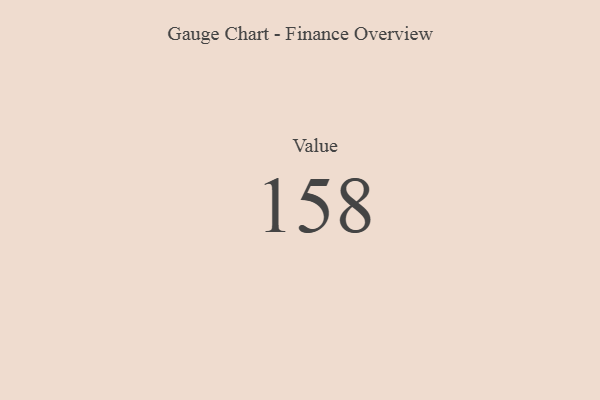
{"axis": {"x": "Metric", "y": "Value"}, "legend": [""], "data": [{"x": "Value", "y": 158, "type": ""}]}